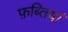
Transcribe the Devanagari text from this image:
फ़ब्तियाँ